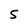
Character: S